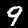
Label: 9